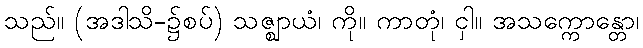
သည်။ (အဒါသိ-၌စပ်) သဇ္ဈာယံ၊ ကို။ ကာတုံ၊ ငှါ။ အသက္ကောန္တော၊